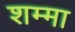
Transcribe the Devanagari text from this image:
शम्मा